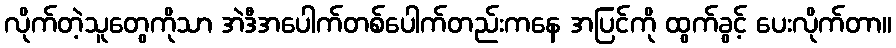
လိုက်တဲ့သူတွေကိုသာ အဲဒီအပေါက်တစ်ပေါက်တည်းကနေ အပြင်ကို ထွက်ခွင့် ပေးလိုက်တာ။